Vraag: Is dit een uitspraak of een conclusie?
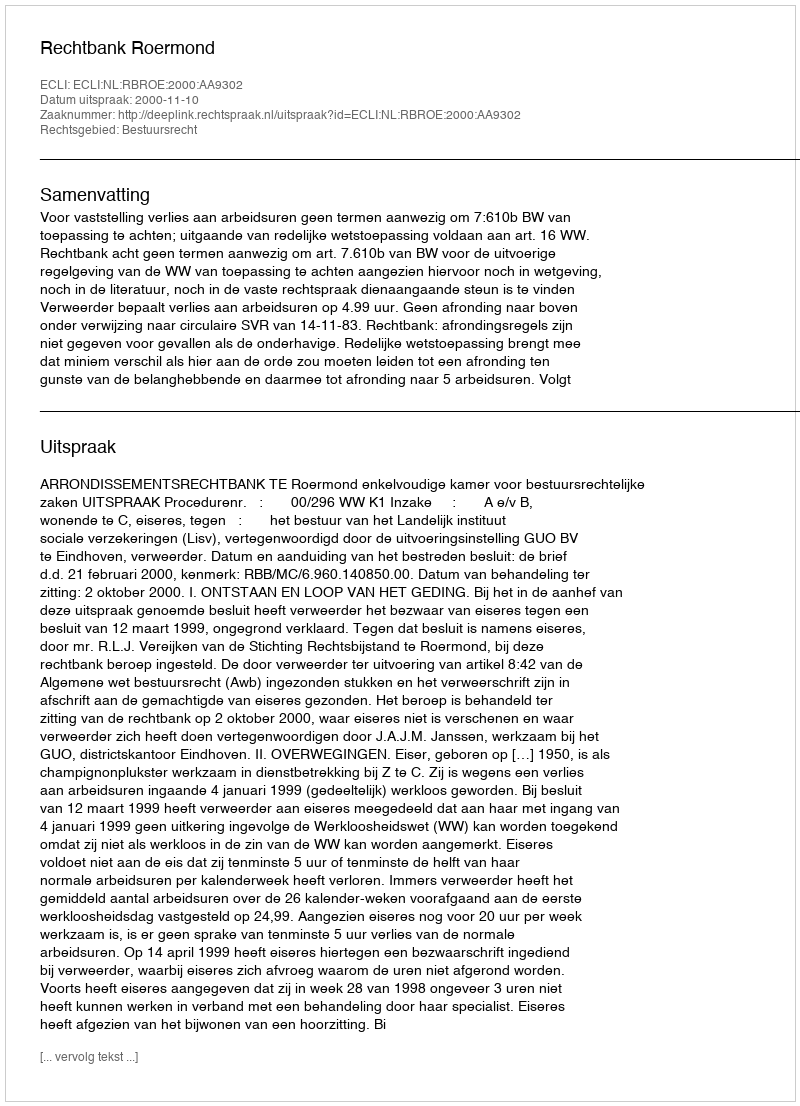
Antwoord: Uitspraak